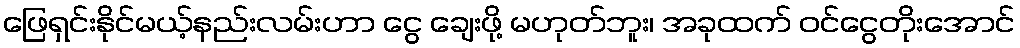
ဖြေရှင်းနိုင်မယ့်နည်းလမ်းဟာ ငွေ ချေးဖို့ မဟုတ်ဘူး၊ အခုထက် ဝင်ငွေတိုးအောင်